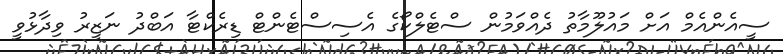
ސީއެންއެމް އަށް މައުލޫމާތު ދެއްވަމުން ސްޓެލްކޯގެ އެސިސްޓެންޓް ޑިރެކްޓާ އަބްދު ނަޒީރު ވިދާޅުވީ